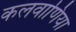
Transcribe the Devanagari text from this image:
कलवाणिया